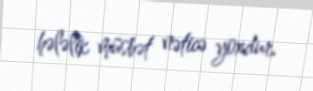
hələlik müsbət nəticə yoxdur.